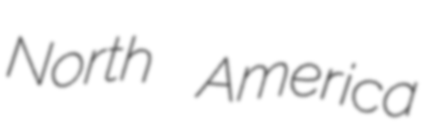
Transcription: North America